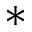
^ { \ast }